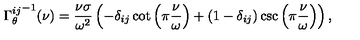
{ \Gamma _ { \theta } ^ { i j } } ^ { - 1 } ( \nu ) = \frac { \nu \sigma } { \omega ^ { 2 } } \left( - \delta _ { i j } \cot \left( \pi \frac { \nu } { \omega } \right) + \left( 1 - \delta _ { i j } \right) \csc \left( \pi \frac { \nu } { \omega } \right) \right) ,